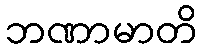
ဘဏာမာတိ